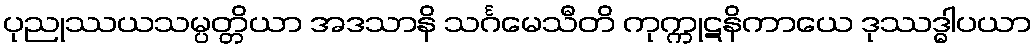
ပုညုဿယသမ္ပတ္တိယာ အဒသာနိ သင်္ဂမေသီတိ ကုက္ကုဋနိကာယေ ဒုဿဒ္ဓါပယာ